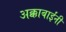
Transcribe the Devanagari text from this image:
अक्काबाईंनी